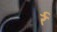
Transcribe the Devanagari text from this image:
र्र